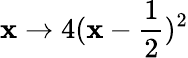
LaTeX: \mathbf{x}\to4(\mathbf{x}-{\frac{{1}}{{2}}})^{2}